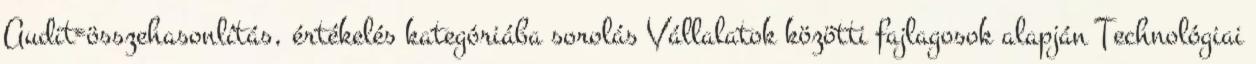
Audit=összehasonlítás, értékelés kategóriába sorolás Vállalatok közötti fajlagosok alapján Technológiai